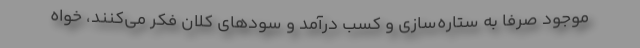
موجود صرفا به ستاره‌سازی و کسب درآمد و سودهای کلان فکر می‌کنند، خواه